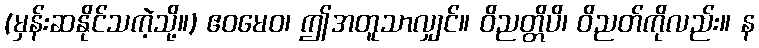
(မှန်းဆနိုင်သကဲ့သို့။) ဧဝမေဝ၊ ဤအတူသာလျှင်။ ဝိညတ္တိပိ၊ ဝိညတ်ကိုလည်း။ န